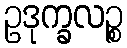
ဥဒုက္ခလဉ္စ